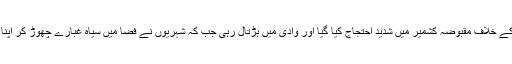
نریندر مودی کی آمد کے خلاف مقبوضہ کشمیر میں شدید احتجاج کیا گیا اور وادی میں ہڑتال رہی جب کہ شہریوں نے فضا میں سیاہ غبارے چھوڑ کر اپنا احتجاج ریکارڈ کرایا۔